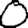
Digit: 0